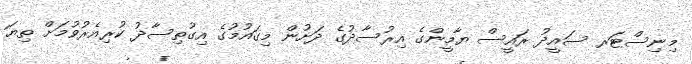
މިނިސްޓަރ ސައީދު ރައީސް ޔާމީންގެ އިރުސާދުގެ ދަށުން މިގައުމުގެ އިގުތިސާދު ކުރިއެރުވުމަށް ތިޔަ